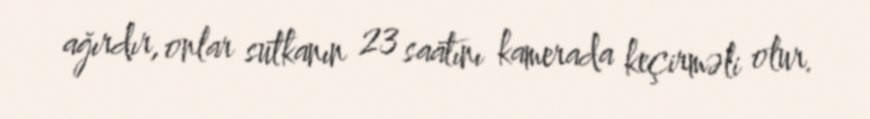
ağırdır, onlar sutkanın 23 saatını kamerada keçirməli olur.